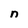
Character: n